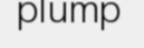
plump